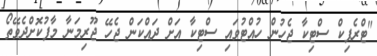
"ޓްރެފިކް ސްޓިކާ ޖެހުން ހުއްޓުވައި ސްޓިކާ އަށް ދައްކަން ޖެހޭ ޖޫރިމަނާ މާފުކޮށްދެވޭތޯ